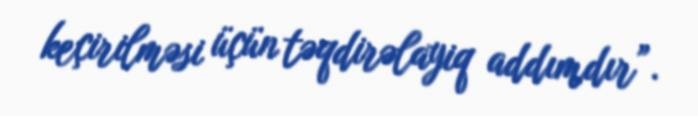
keçirilməsi üçün təqdirəlayiq addımdır”.